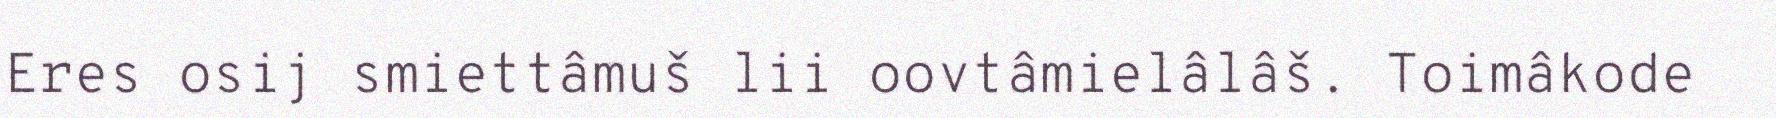
Eres osij smiettâmuš lii oovtâmielâlâš. Toimâkode